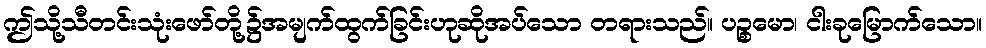
ဤသို့သီတင်းသုံးဖော်တို့၌အမျက်ထွက်ခြင်းဟုဆိုအပ်သော တရားသည်။ ပဉ္စမော၊ ငါးခုမြောက်သော။